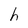
Character: h